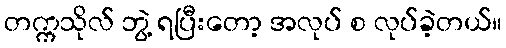
တက္ကသိုလ် ဘွဲ့ ရပြီးတော့ အလုပ် စ လုပ်ခဲ့တယ်။